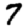
Digit: 7